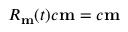
R _ { \bf m } ( t ) c { \bf m } = c { \bf m }